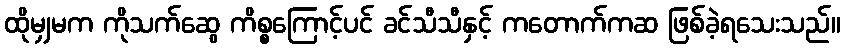
ထိုမျှမက ကိုသက်ဆွေ ကိစ္စကြောင့်ပင် ခင်သီသီနှင့် ကတောက်ကဆ ဖြစ်ခဲ့ရသေးသည်။